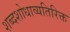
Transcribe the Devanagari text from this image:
शब्दशोधाव्यतिरिक्त